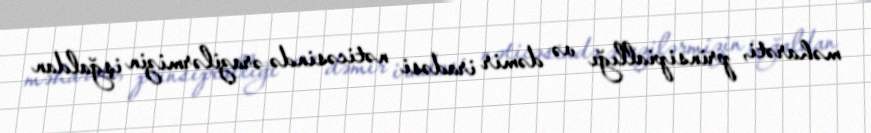
məharəti, prinsipiallığı və dəmir iradəsi nəticəsində ərazilərmizin işğaldan